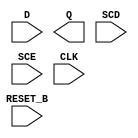
module sky130_fd_sc_ms__sdfrtp (
    //# {{data|Data Signals}}
    input  D      ,
    output Q      ,

    //# {{control|Control Signals}}
    input  RESET_B,

    //# {{scanchain|Scan Chain}}
    input  SCD    ,
    input  SCE    ,

    //# {{clocks|Clocking}}
    input  CLK
);

    // Voltage supply signals
    supply1 VPWR;
    supply0 VGND;
    supply1 VPB ;
    supply0 VNB ;

endmodule